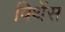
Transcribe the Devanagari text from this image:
विथेंस